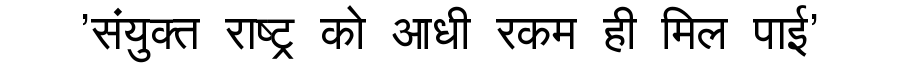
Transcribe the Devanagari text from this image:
'संयुक्त राष्ट्र को आधी रकम ही मिल पाई'